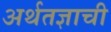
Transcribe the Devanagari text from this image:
अर्थतज्ञाची